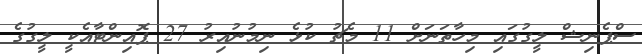
ސްޕެނިޝް ލީގުގައި މިހާތަނަށް 11 މެޗު ކުޅެ ނިމުނުއިރު 27 ޕޮއިންޓާއެކީ ލީގުގެ